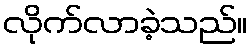
လိုက်လာခဲ့သည်။